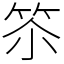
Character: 䇣